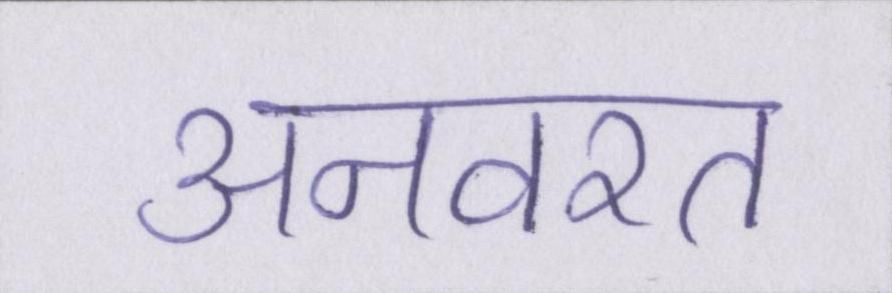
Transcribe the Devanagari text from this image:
अनवरत